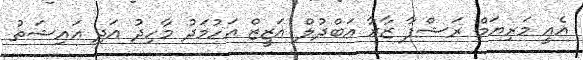
އެއީ މަރިޔަމް ރަޝްފާ ޒާރާ އަބްދުލް އަޒީޒް އަހުމަދު މާހިދު އަދި އައިޝަތު